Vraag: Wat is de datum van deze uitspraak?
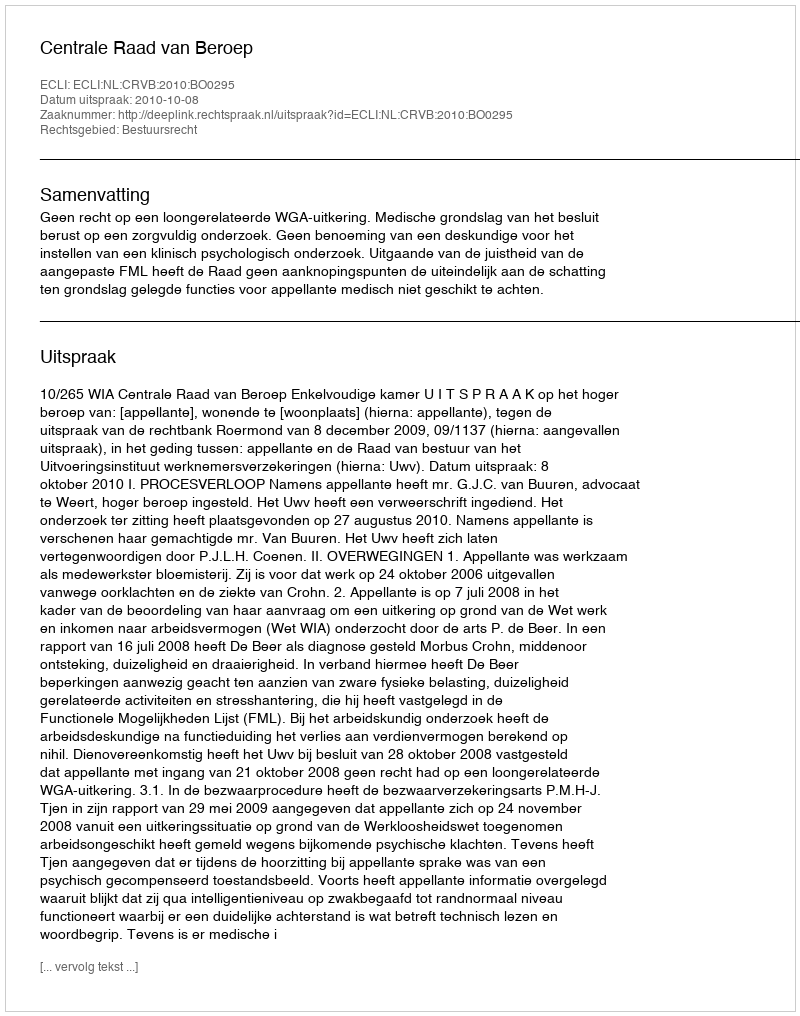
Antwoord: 2010-10-08